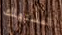
المستهلك